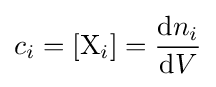
c_{i}=\left[{\rm {X}}_{i}\right]={\frac {\mathrm {d} n_{i}}{\mathrm {d} V}}